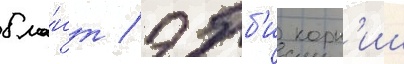
бла́нт / эбб'и корн'иш